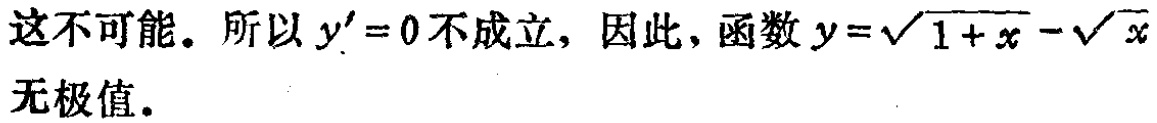
这不可能。所以 \(y' = 0\) 不成立，因此，函数 \(y = \sqrt{1 + x} - \sqrt{x}\) 无极值。